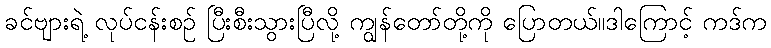
ခင်ဗျားရဲ့ လုပ်ငန်းစဉ် ပြီးစီးသွားပြီလို့ ကျွန်တော်တို့ကို ပြောတယ်။ဒါကြောင့် ကဒ်က